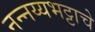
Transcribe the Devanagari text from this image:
नन्नय्यभट्टाचे